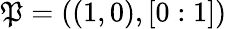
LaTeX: \mathfrak{P}=((1,0),[0:1])